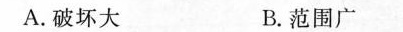
A. 破坏大 B. 范围广